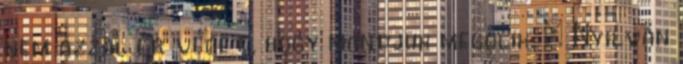
nem azzal ér véget, hogy mondjuk megölik. : Nyilván